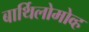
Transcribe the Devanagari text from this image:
बार्थिलोमोव्ह